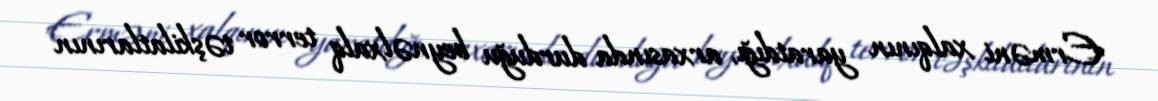
Erməni xalqının yaratdığı, arxasında durduğu beynəlxalq terror təşkilatlarının